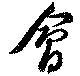
會